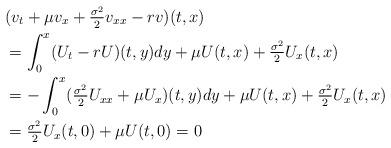
LaTeX: \begin{align*}&(v_t+\mu v_x+\tfrac{\sigma^2}{2}v_{xx}-rv)(t,x)\\&=\int_0^x (U_t-rU)(t,y)dy+\mu U(t,x)+\tfrac{\sigma^2}{2}U_x(t,x)\\&=-\int_0^x (\tfrac{\sigma^2}{2}U_{xx}+\mu U_x)(t,y)dy+\mu U(t,x)+\tfrac{\sigma^2}{2}U_x(t,x)\\&=\tfrac{\sigma^2}{2}U_x(t,0)+\mu U(t,0)=0\end{align*}